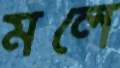
মলে